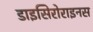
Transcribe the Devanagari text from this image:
डाइसिरोराइनस